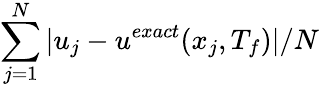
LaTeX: \sum_{j=1}^{N}|u_{j}-u^{exact}(x_{j},T_{f})|/N